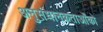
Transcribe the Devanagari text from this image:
अनुसंधानकतार्ओंको